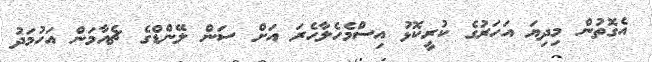
އެގޮތުން މިދިޔަ އަހަރުގެ ކުރީކޮޅު އިސްމެހެލާހެރަ އަށް ސަން ލޭންޑްގެ ޗެއާމަން އަހުމަދު